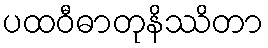
ပထဝီဓာတုနိဿိတာ